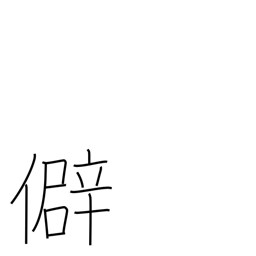
Meaning: prejudice